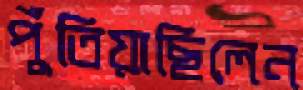
পুঁতিয়াছিলেন